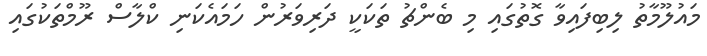
މައުލޫމާތު ލިބިފައިވާ ގޮތުގައި މި ބެންޗު ތަކަކީ ދަރިވަރުން ހަމައެކަނި ކްލާސް ރޫމްތަކުގައި